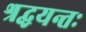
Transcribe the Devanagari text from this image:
श्रद्धयन्तः